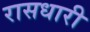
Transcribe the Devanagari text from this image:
रासधारी